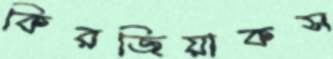
কিরজিয়াকস